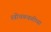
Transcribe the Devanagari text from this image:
स्त्रीचळवळीच्या